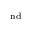
^ \mathrm { n d }